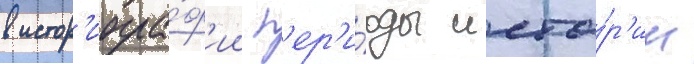
в истор'иогра́ф'ии п'ер'и́оды исто́р'ии